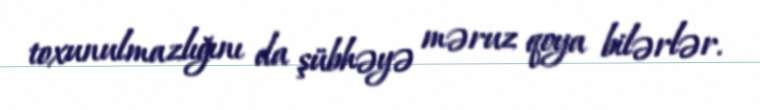
toxunulmazlığını da şübhəyə məruz qoya bilərlər.